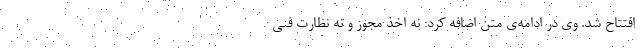
افتتاح شد. وی در ادامه‌ی متن اضافه کرد: نه اخذ مجوز و نه نظارت فنی